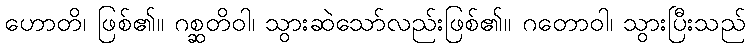
ဟောတိ၊ ဖြစ်၏။ ဂစ္ဆတိဝါ၊ သွားဆဲသော်လည်းဖြစ်၏။ ဂတောဝါ၊ သွားပြီးသည်